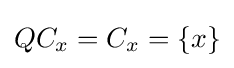
QC_{x}=C_{x}=\{x\}